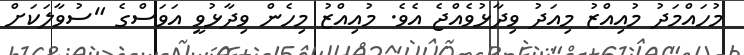
މުހައްމަދު މުއިއްޒު މިއަދު ވިދާޅުވެއްޖެ އެވެ. މުއިއްޒު މިހެން ވިދާޅުވީ އަވަސްގެ "ސުވާލަަކަށް